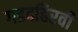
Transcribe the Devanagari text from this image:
गडदहिरवी